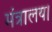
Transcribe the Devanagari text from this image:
मंत्रालय।